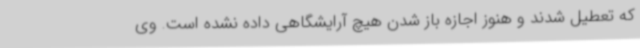
که تعطیل شدند و هنوز اجازه باز شدن هیچ آرایشگاهی داده نشده است. وی